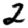
Digit: 2